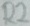
Text: R2